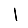
Digit: 1